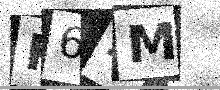
Text: K64M